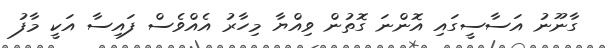
ގާނޫނު އަސާސީގައި އޮންނަ ގޮތުން ވިއްޔާ މިހާރު އެެއްވެސް ފައިސާ އަކީ މާފު